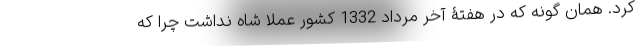
کرد. همان گونه که در هفتۀ آخر مرداد 1332 کشور عملا شاه نداشت چرا که